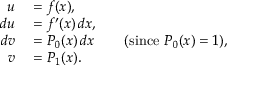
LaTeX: \begin{array} { r l r l } { u } & { { } = f ( x ) , } \\ { d u } & { { } = f ^ { \prime } ( x ) \, d x , } \\ { d v } & { { } = P _ { 0 } ( x ) \, d x } & { } & { { } ( { \mathrm { s i n c e ~ } } P _ { 0 } ( x ) = 1 ) , } \\ { v } & { { } = P _ { 1 } ( x ) . } \end{array}